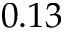
\ 0 . 1 3